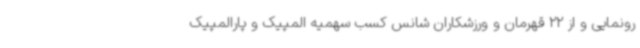
رونمایی و از 22 قهرمان و ورزشکاران شانس کسب سهمیه المپیک و پارالمپیک